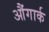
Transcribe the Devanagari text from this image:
औंगार्क